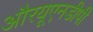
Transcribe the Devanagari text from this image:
औरयूएनडीपी